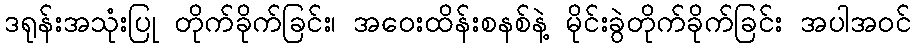
ဒရုန်းအသုံးပြု တိုက်ခိုက်ခြင်း၊ အဝေးထိန်းစနစ်နဲ့ မိုင်းခွဲတိုက်ခိုက်ခြင်း အပါအဝင်